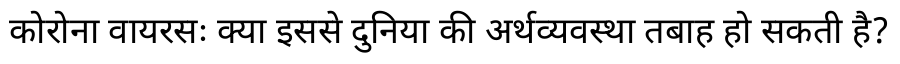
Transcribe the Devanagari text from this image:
कोरोना वायरसः क्या इससे दुनिया की अर्थव्यवस्था तबाह हो सकती है?